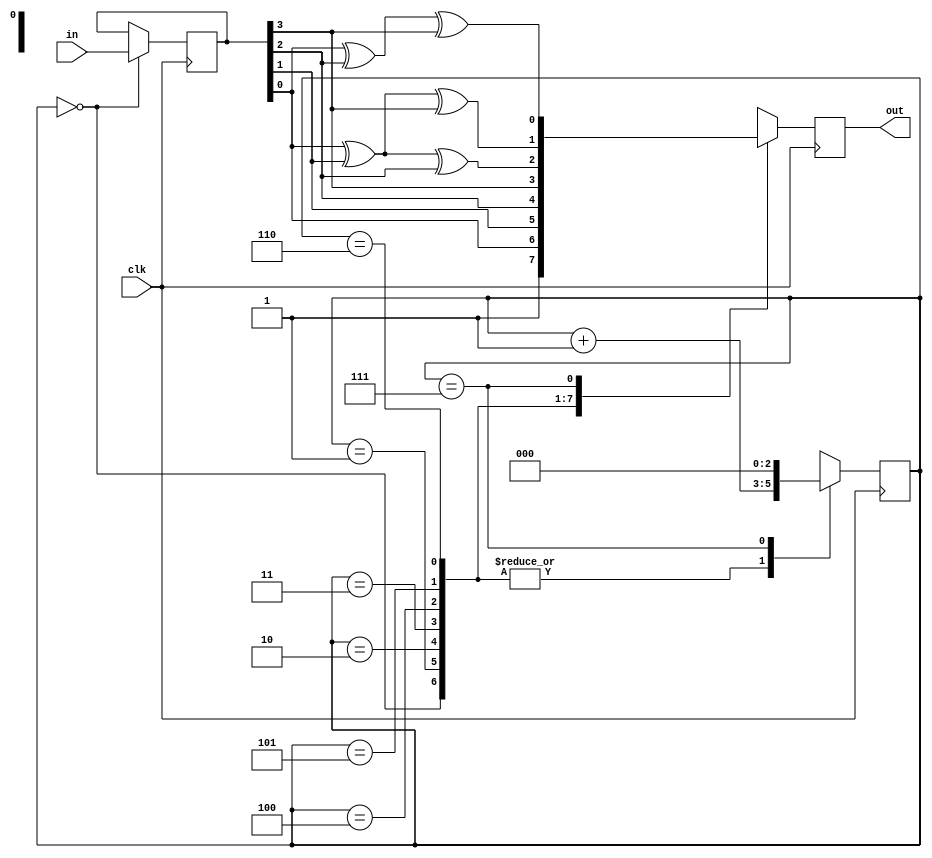
module encode(
    input clk, 
    input [3:0] in, 
    output reg out
);

    reg [2:0] count;
    reg [3:0] inp;

    initial 
    begin
        count <= 0;
    end

    always @(posedge clk) 
    begin
        case (count)
            0:
            begin
                out <= 1;
                inp <= in;
                count <= count + 1;
            end
            1:
            begin
                out <= inp[0];
                count <= count + 1;
            end
            2:
            begin
                out <= inp[1];
                count <= count + 1;
            end
            3:
            begin
                out <= inp[2];
                count <= count + 1;
            end
            4:
            begin
                out <= inp[3];
                count <= count + 1;
            end
            5:
            begin
                out <= inp[0] ^ inp[1] ^ inp[2];
                count <= count + 1;
            end
            6:
            begin
                out <= inp[0] ^ inp[1] ^ inp[3];
                count <= count + 1;
            end
            7:
            begin
                out <= inp[0] ^ inp[2] ^ inp[3];
                count <= 0;
            end
        endcase 
    end

endmodule